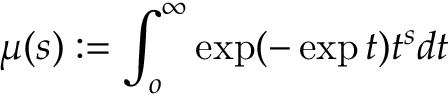
\mu ( s ) : = \int _ { o } ^ { \infty } \exp ( - \exp t ) t ^ { s } d t